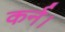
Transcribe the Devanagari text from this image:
कर्न।